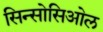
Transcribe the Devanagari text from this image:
सिन्सोसिओल